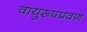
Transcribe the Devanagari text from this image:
वायुरूपप्रवण